Investigations on Bengal jail dietaries - Number 37
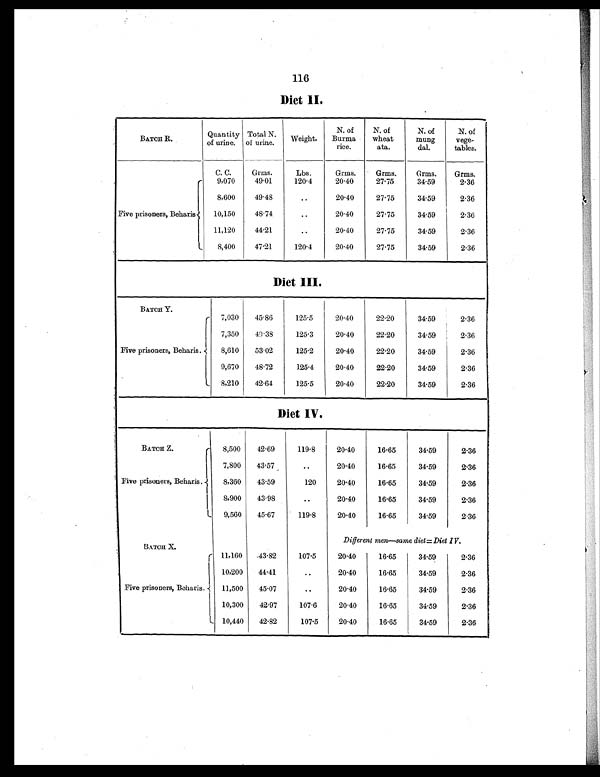
116
Diet II
BATCH R.
Quantity
of urine.
Total N.
of urine.
Weight.
N. of
Burma
rice.
N. of
wheat
ata.
N. of
mung
dal.
N. of
vege-
tables.
Five prisoners, Beharis
C. C.
9,070
Grms.
49.01
Lbs.
120.4
Grms.
20.40
Grms.
27.75
Grms.
34.59
Grms.
2.36
8,600
49.48
..
20.40
27.75
34.59
2.36
10,150
48.74
..
20.40
27.75
34.59
2.36
11,120
44.21
..
20.40
27.75
34.59
2.36
8,400
47.21
120.4
20.40
27.75
34.59
2.36
Diet III.
BATCH Y.
7,030
45.86
125.5
20.40
22.90
34.59
2.36
Five prisoners, Beharis.
7,350
49.38
125.3
20.40
22.20
34.59
2.36
8,610
53.02
125.2
20.40
22.20
34.59
2.36
9,670
48.72
125.4
20.40
22.20
34.59
2.36
8,210
42.64
125.5
20.40
22.20
34.59
2.36
Diet IV.
BATCH Z.
8,500
12.69
119.8
20.40
16.65
34.59
2.36
Five prisoners, Beharis.
7,800
43.57
..
20.40
16.65
34.59
2.36
8,360
43.59
120
20.40
16.65
34.59
2.36
8,900
43.98
..
20.40
16.65
34.59
2.36
9,560
45.67
119.8
20.40
16.65
34.59
2.36
BATCH X.
Different men—same diet=Diet IV.
Five prisoners, Beharis.
11,160
43.82
107.5
20.40
16.65
34.59
2.36
10,200
44. 41
..
20.40
16.65
31.59
2.36
11,500
45.07
..
20.40
16.65
34.59
2.36
10,300
42.97
107.6
20.40
16.65
34.59
2.36
L 10,440
42.82
107.5
20.40
16.65
34.59
2.36